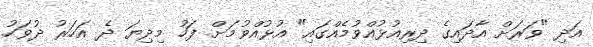
އަދި "ވަރަށް އާދައިގެ ދިރިއުޅުއްވުމެއްގައި" އުޅުއްވުމަށް ފަހު މިދިޔަ ދެ އަހަރު ދުވަހު